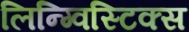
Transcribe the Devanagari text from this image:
लिन्ग्विस्टिक्स